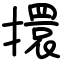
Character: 擐